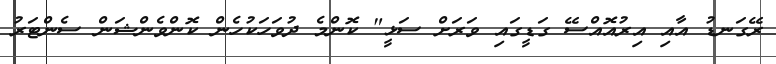
ރޭގަނޑު އާއި އިރުއޮއްސޭ ގަޑީގައި ވަރަށް ސަޅީ" ކޮންމެ ދުވަހަކުހެން ކޮންވެންޝަން ސެންޓަރު